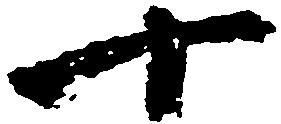
十